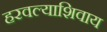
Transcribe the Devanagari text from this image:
हरवल्याशिवाय